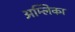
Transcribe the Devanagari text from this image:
अम्लिका